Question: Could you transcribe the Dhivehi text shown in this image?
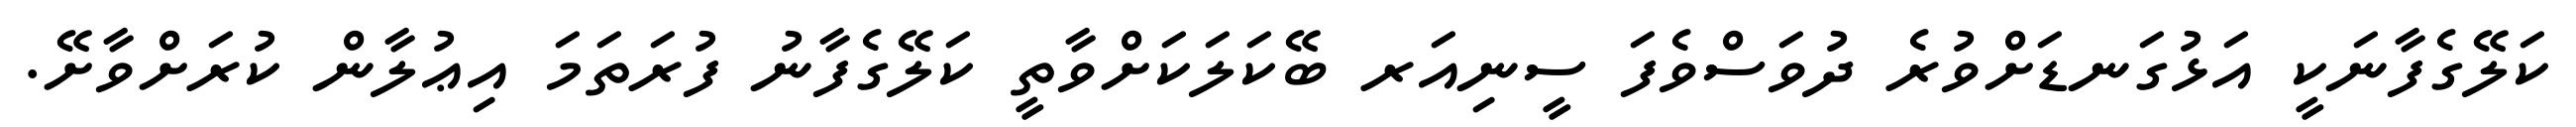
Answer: ކަލޭގެފާނަކީ އަޅުގަނޑަށްވުރެ ދުވަސްވެފަ ސީނިއަރ ބޭކަލަކަށްވާތީ ކަލޭގެފާނު ފުރަތަމަ އިޢުލާން ކުރަށްވާށޭ.